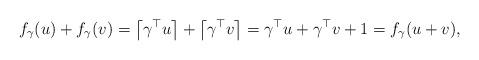
LaTeX: \begin{align*}f_{\gamma}(u)+f_{\gamma}(v)=\left\lceil\gamma^{\top}u\right\rceil + \left\lceil\gamma^{\top}v\right\rceil = \gamma^{\top}u+\gamma^{\top}v+1=f_{\gamma}(u+v),\end{align*}